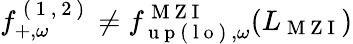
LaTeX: f_{+,\omega}^{\mathrm{~(~1~,~2~)~}}\neq{f}_{\mathrm{~u~p~(~l~o~)~},\omega}^{\mathrm{~M~Z~I~}}(L_{\mathrm{~M~Z~I~}})